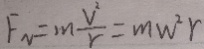
F _ { v } = m \frac { V ^ { 2 } } { r } = m w ^ { 2 } r